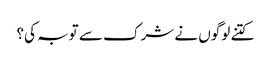
کتنے لوگوں نے شرک سے توبہ کی؟